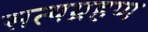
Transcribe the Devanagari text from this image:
सत्यग्रहण